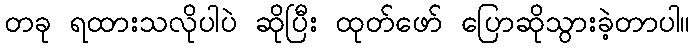
တခု ရထားသလိုပါပဲ ဆိုပြီး ထုတ်ဖော် ပြောဆိုသွားခဲ့တာပါ။